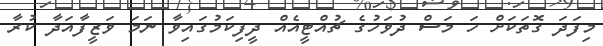
މިފަދަ ގޮތަކަށް ހަ މަސް ދުވަހުގެ ޗުއްޓީއެއް ދީފިކަމުގައިވާ ނަމަ ވަޒީފާއަދާ ކުރާ